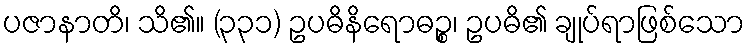
ပဇာနာတိ၊ သိ၏။ (၃၃၁) ဥပဓိနိရောဓဉ္စ၊ ဥပဓိ၏ ချုပ်ရာဖြစ်သော